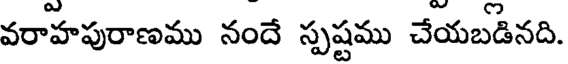
వరాహపురాణము నందే స్పష్టము చేయబడినది.